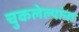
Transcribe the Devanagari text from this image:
चुकलेल्यांना